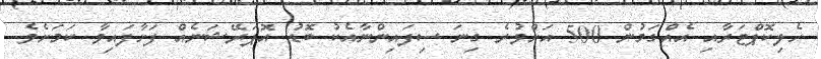
ހެލިކޮޕްޓަރާއި އެއްގަމުން 500 އަށްވުރެ ގިނަ ސިފައިންނާއެކު ބޮޑު އޮޕަރޭޝަނެއް ފަށާފައިވާ ކަމަށެވެ.